Vaccination in Bombay 1874-1876 - 1874-1876
Year: 1874
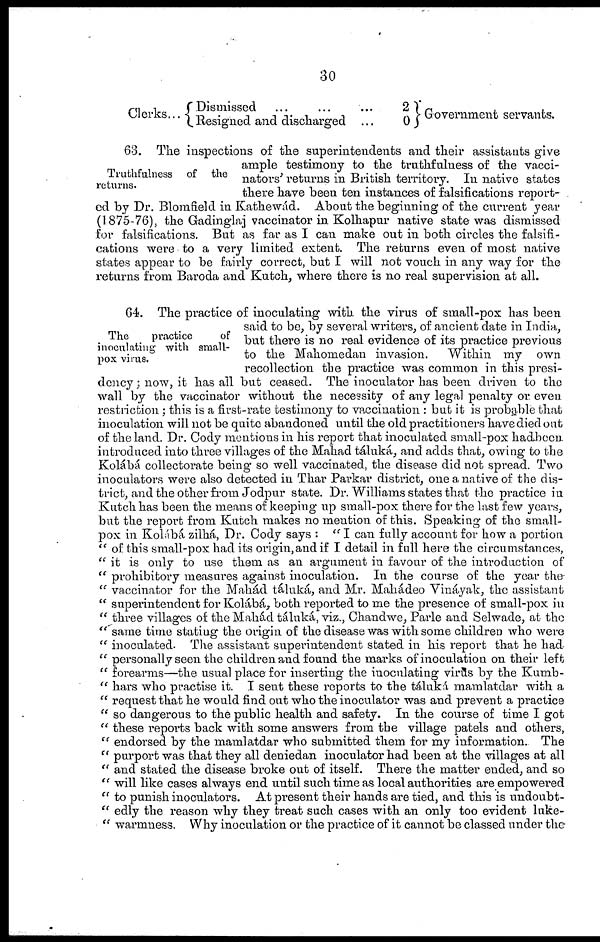
30
Clerks... Dismissed ... ... ...
Resigned and discharged ...
2
0
Government servants.
Truthfulness of the
returns.
63. The inspections of the superintendents and their assistants give
ample testimony to the truthfulness of the vacci¬
nators' returns in British territory. In native states
there have been ten instances of falsifications report-
ed by Dr. Blomfield in Kathewád. About the beginning of the current year
(1875-76), the Gadinglaj vaccinator in Kolhapur native state was dismissed
for falsifications. But as far as I can make out in both circles the falsifi-
cations were to a very limited extent. The returns even of most native
states appear to be fairly correct, but I will not vouch in any way for the
returns from Baroda and Kutch, where there is no real supervision at all.
The
practice
of
inoculating with small-
pox virus.
64. The practice of inoculating with the virus of small-pox has been
said to be, by several writers, of ancient date in India,
but there is no real evidence of its practice previous
to the Mahomedan invasion.
Within my own
recollection the practice was common in this presi-
dency ; now, it has all but ceased. The inoculator has been driven to the
wall by the vaccinator without the necessity of any legal penalty or even
restriction ; this is a first-rate testimony to vaccination : but it is probable that
inoculation will not be quite abandoned until the old practitioners have died out
of the land. Dr. Cody mentions in his report that inoculated small-pox had been
introduced into three villages of the Mahad táluká, and adds that, owing to the
Kolábá collectorate being so well vaccinated, the disease did not spread. Two
inoculators were also detected in Thar Parkar district, one a native of the dis-
trict, and the other from Jodpur state. Dr. Williams states that the practice in
Kutch has been the means of keeping up small-pox there for the last few years,
but the report from Kutch makes no mention of this. Speaking of the small-
pox in Kolábá zilhá, Dr. Cody says : " I can fully account for how a portion
" of this small-pox had its origin, and if I detail in full here the circumstances,
" it is only to use them as an argument in favour of the introduction of
" prohibitory measures against inoculation. In the course of the year the
" vaccinator for the Mahád táluká, and Mr. Mahádeo Vináyak, the assistant
" superintendent for Kolábá, both reported to me the presence of small-pox in
" three villages of the Mahád táluká, viz., Chandwe, Parle and Selwade, at the
" same time stating the origin of the disease was with some children who were
" inoculated. The assistant superintendent stated in his report that he had
" personally seen the children and found the marks of inoculation on their left
" forearms—the usual place for inserting the inoculating virus by the Kumb¬
" hars who practise it. I sent these reports to the táluká mamlatdar with a
" request that he would find out who the inoculator was and prevent a practice
" so dangerous to the public health and safety. In the course of time I got
" these reports back with some answers from the village patels and others,
" endorsed by the mamlatdar who submitted them for my information. The
" purport was that they all deniedan inoculator had been at the villages at all
" and stated the disease broke out of itself. There the matter ended, and so
" will like cases always end until such time as local authorities are empowered
" to punish inoculators. At present their hands are tied, and this is undoubt¬
" edly the reason why they treat such cases with an only too evident luke¬
" warmness. Why inoculation or the practice of it cannot be classed under the